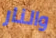
والنار